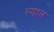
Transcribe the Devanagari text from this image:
ल्याल